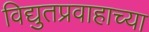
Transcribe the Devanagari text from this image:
विद्युतप्रवाहाच्या